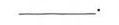
___.